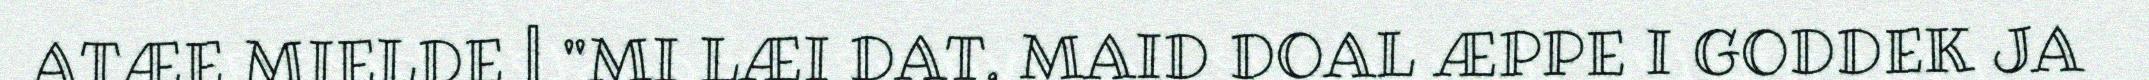
ATÆE MIELDE | "MI LÆI DAT, MAID DOAL ÆPPE I GODDEK JA